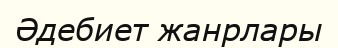
Әдебиет жанрлары